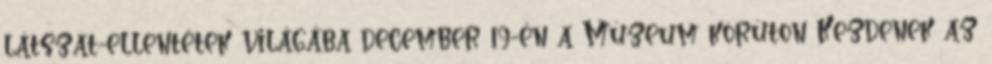
látszat-ellentétek világába december 19-én a Múzeum körúton Kezdenek az